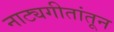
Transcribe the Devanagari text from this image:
नाट्यगीतांतून